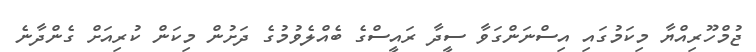
ޖުމްހޫރިއްޔާ މިކަމުގައި އިސްނަންގަވާ ސީދާ ރައީސްގެ ބެއްލެވުމުގެ ދަށުން މިކަން ކުރިއަށް ގެންދާނެ